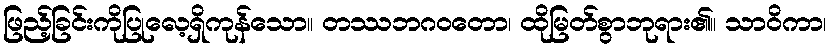
ဖြည့်ခြင်းကိုပြုလေ့ရှိကုန်သော။ တဿဘဂဝတော၊ ထိုမြတ်စွာဘုရား၏။ သာဝိကာ၊